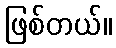
ဖြစ်တယ်။